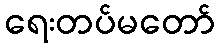
ရေးတပ်မတော်